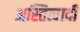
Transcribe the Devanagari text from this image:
अस्तित्वादी